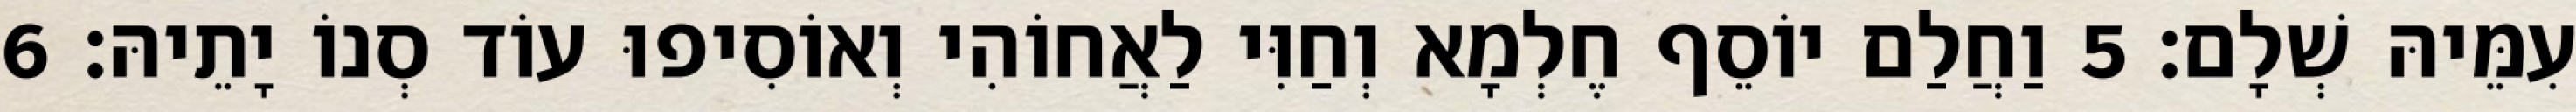
עִמֵּיהּ שְׁלָם׃ 5 וַחֲלַם יוֹסֵף חֶלְמָא וְחַוִּי לַאֲחוֹהִי וְאוֹסִיפוּ עוֹד סְנוֹ יָתֵיהּ׃ 6